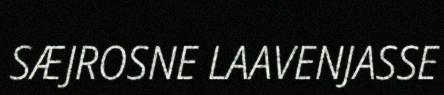
SÆJROSNE LAAVENJASSE